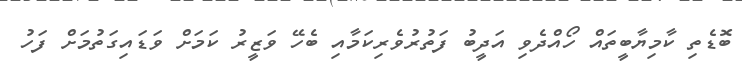
ބޮޑެތި ކާމިޔާބީތައް ހޯއްދެވި އަދީބު ފަތުރުވެރިކަމާއި ބެހޭ ވަޒީރު ކަމަށް ވަޑައިގަތުމަށް ފަހު